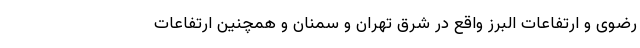
رضوی و ارتفاعات البرز واقع در شرق تهران و سمنان و همچنین ارتفاعات